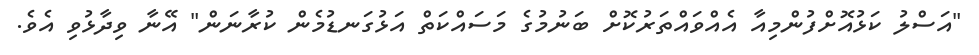
"އަސްލު ކަޅުއޮށްފުންމިއާ އެއްވައްތަރުކޮށް ބަނުމުގެ މަސައްކަތް އަޅުގަނޑުމެން ކުރާނަން" އޭނާ ވިދާޅުވި އެވެ.